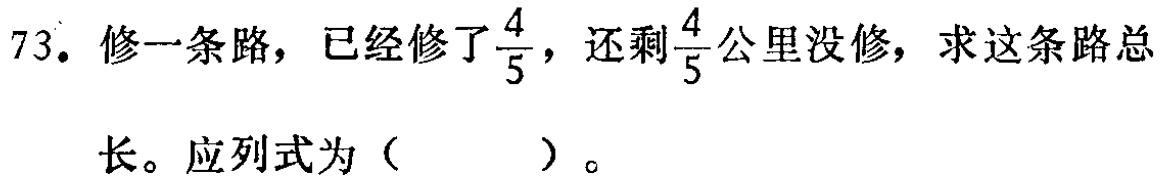
73. 修一条路，已经修了$\frac{4}{5}$，还剩$\frac{4}{5}$公里没修，求这条路总长。应列式为（  ）。